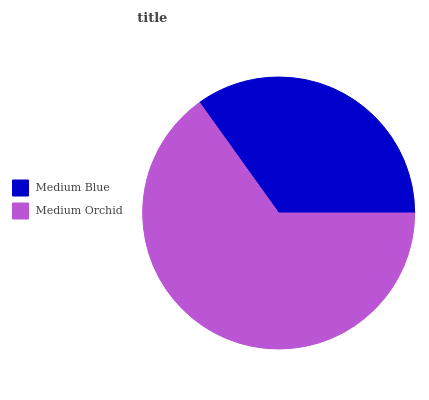
| Medium Blue | Medium Orchid |
 | --- | --- |
 | 34.9% | 65.1% |